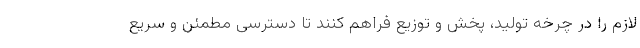
لازم را در چرخه تولید، پخش و توزیع فراهم کنند تا دسترسی مطمئن و سریع